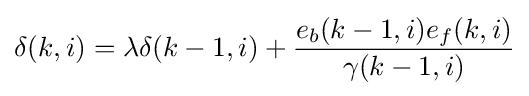
\delta (k,i)=\lambda \delta (k-1,i)+{\frac {e_{b}(k-1,i)e_{f}(k,i)}{\gamma (k-1,i)}}